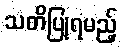
သတိပြုရမည့်